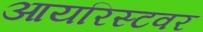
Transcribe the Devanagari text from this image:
आयरिस्टवर